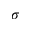
\sigma